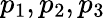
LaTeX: p_{1},p_{2},p_{3}